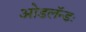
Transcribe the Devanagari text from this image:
ओडलॅन्डः